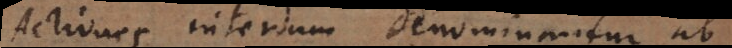
Actiones interdum denominantur ab